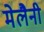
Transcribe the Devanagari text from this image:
मेलैनी